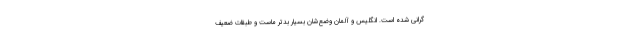
گرانی شده است. انگلیس و آلمان وضع‌شان بسیار بدتر ماست و طبقات ضعیف